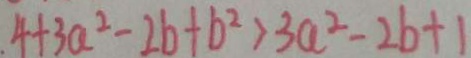
4 + 3 a ^ { 2 } - 2 b + b ^ { 2 } > 3 a ^ { 2 } - 2 b + 1